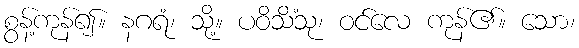
စွန့်ကုန်၍။ နဂရံ၊ သို့။ ပဝိသိံသု၊ ဝင်လေ ကုန်၏။ သော၊